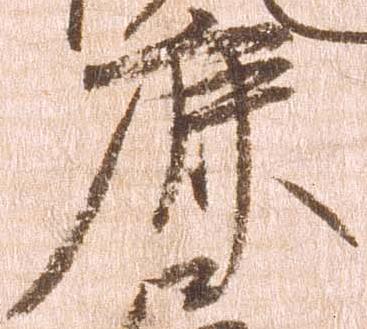
鹿